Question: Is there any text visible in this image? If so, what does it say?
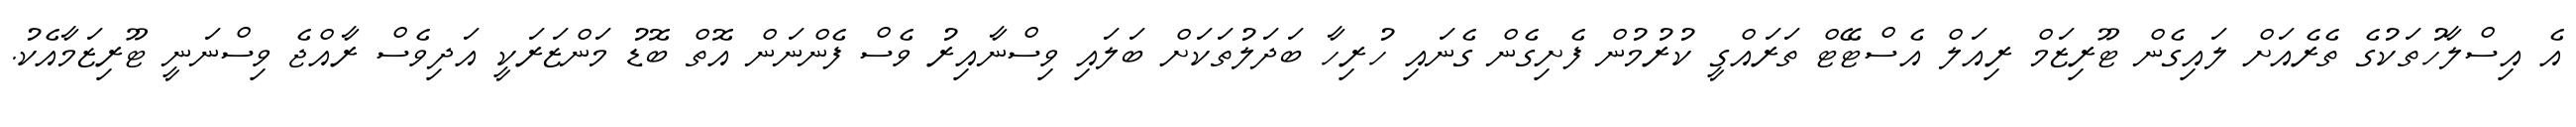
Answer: އެ އިސްލާހުތަކުގެ ތެރެއަށް ލައިގެން ޓޫރިޒަމް ރިއަލް އެސްޓޭޓް ތަރައްގީ ކުރުމުން ފެށިގެން ގެނައި ހުރިހާ ބަދަލުތަކަށް ބަލައި ވިސްނާއިރު ވެސް ފެންނަން އޮތް ބޮޑު މަންޒަރަކީ އަދިވެސް ރާއްޖެ ވިސްނަނީ ޓޫރިޒަމާއެކު.